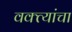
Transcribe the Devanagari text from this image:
वक्त्यांचा